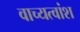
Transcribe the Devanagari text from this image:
वाच्यत्वांश